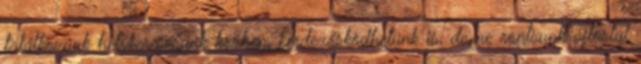
találkozunk helykeresésünk közben, kérdezősködhetünk is, de ne rontsunk ajtóstul